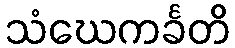
သံဃေကင်္ခတိ